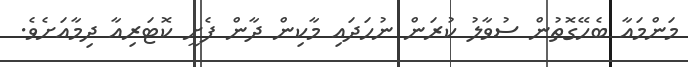
މަންމައާ ބެހޭގޮތުން ސުވާލު ކުރަން ނުހަދައި މާކިން ދާން ފެށީ ކޮޓަރިއާ ދިމާއަށެވެ.